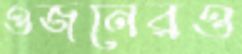
ওজনেরও